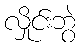
လှိုင်းဘွဲ